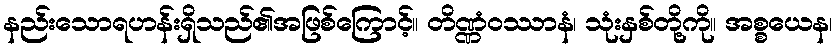
နည်းသောရဟန်းရှိသည်၏အဖြစ်ကြောင့်။ တိဏ္ဏံဝဿာနံ၊ သုံးနှစ်တို့ကို။ အစ္စယေန၊